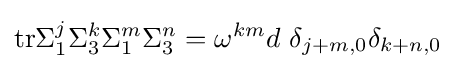
\mathrm {tr} \Sigma _{1}^{j}\Sigma _{3}^{k}\Sigma _{1}^{m}\Sigma _{3}^{n}=\omega ^{km}d~\delta _{j+m,0}\delta _{k+n,0}